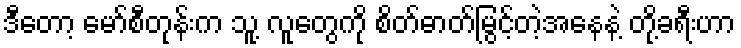
ဒီတော့ မော်စီတုန်းက သူ့ လူတွေကို စိတ်ဓာတ်မြွင့်တဲ့အနေနဲ့ တို့ခရီးဟာ